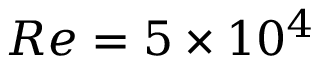
R e = 5 \times 1 0 ^ { 4 }